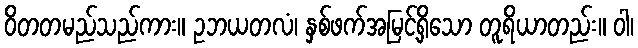
ဝိတတမည်သည်ကား။ ဥဘယတလံ၊ နှစ်ဖက်အမြင့်ရှိသော တူရိယာတည်း။ ဝါ၊